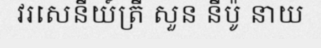
វរសេនីយ៍ត្រី សួន នីប៉ូ នាយ